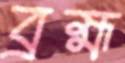
ব্রহ্ম